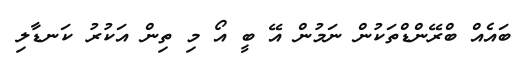
ބައެއް ބްރޭންޑްތަކުން ނަމުން އޭ ބީ އޯ މި ތިން އަކުރު ކަނޑާލި